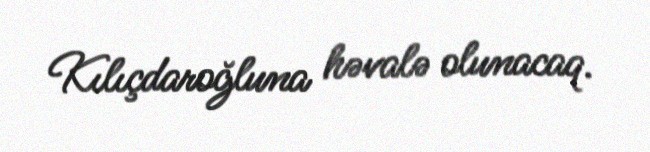
Kılıçdaroğluna həvalə olunacaq.